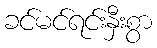
ခင်မင်ရင်းနှီးစွာ